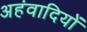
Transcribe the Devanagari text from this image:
अहंवादियों